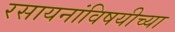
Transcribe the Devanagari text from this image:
रसायनांविषयीच्या